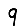
Digit: 9